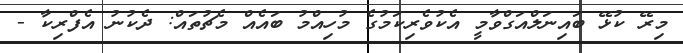
މިރޭ ކުޅޭ ބައިނަލްއަގްވާމީ އެކުވެރިކަމުގެ މުހިއްމު ބައެއް މެޗުތައް: ދެކުނު އެފްރިކާ -